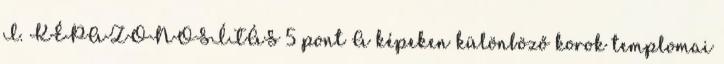
I. KÉPAZONOSÍTÁS 5 pont A képeken különböző korok templomai